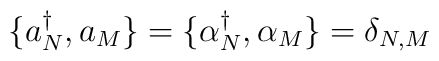
\{a{^\dagger _N}, a_M \} = \{\alpha{^\dagger _N}, \alpha_M \} = \delta_{N,M}